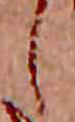
し